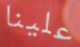
علينا